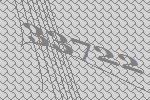
33722